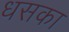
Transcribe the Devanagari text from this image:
धसका